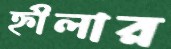
হ্নীলার